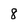
Character: 8